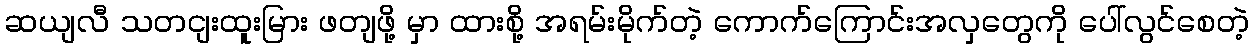
ဆယျလီ သတငျးထူးမြား ဖတျဖို့ မှာ ထားစို့ အရမ်းမိုက်တဲ့ ကောက်ကြောင်းအလှတွေကို ပေါ်လွင်စေတဲ့